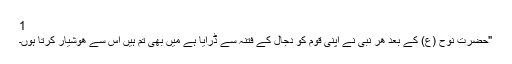
1
"حضرت نوح (ع) كے بعد ھر نبی نے اپنی قوم كو دجال كے فتنہ سے ڈرایا ہے میں بھی تم ہیں اس سے ھوشیار كرتا ہوں۔